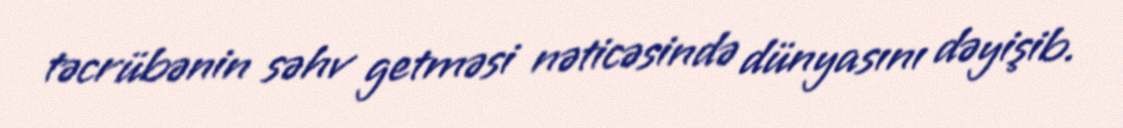
təcrübənin səhv getməsi nəticəsində dünyasını dəyişib.